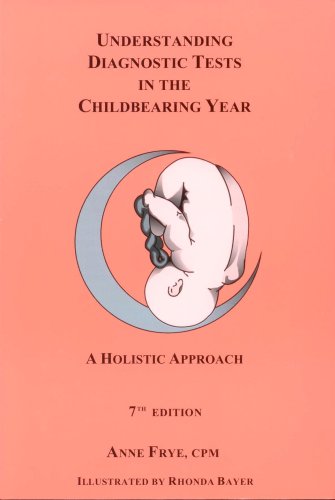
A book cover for Understanding Diagnostic Tests in the Childbearing Year: A Holistic Approach; Anne Frye; Medical Books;